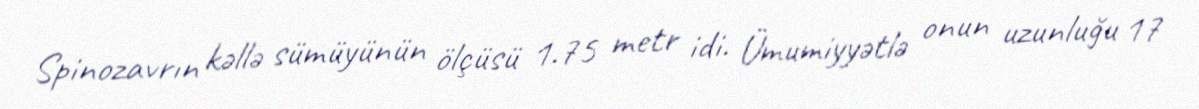
Spinozavrın kəllə sümüyünün ölçüsü 1.75 metr idi. Ümumiyyətlə onun uzunluğu 17